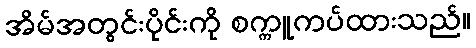
အိမ်အတွင်းပိုင်းကို စက္ကူကပ်ထားသည်။